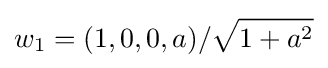
w_{1}=(1,0,0,a)/{\sqrt {1+a^{2}}}